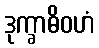
ဒုက္ခာဓိဝဟံ